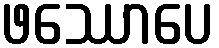
ဖဿောပေ